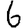
Digit: 6